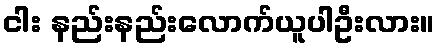
ငါး နည်းနည်းလောက်ယူပါဦးလား။